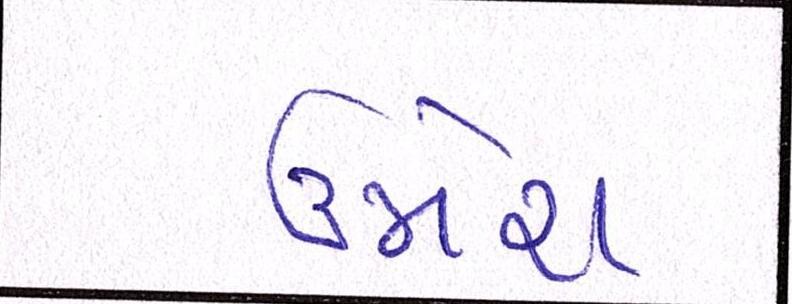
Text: ઉમેશ